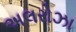
અલરોઝા